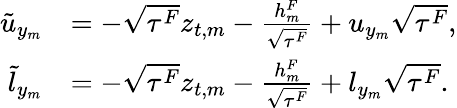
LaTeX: \begin{array}{rl}{\tilde{u}_{y_{m}}}&{=-\sqrt{\tau^{F}}z_{t,m}-\frac{h_{m}^{F}}{\sqrt{\tau^{F}}}+u_{y_{m}}{\sqrt{\tau^{F}}},}\\ {\tilde{l}_{y_{m}}}&{=-\sqrt{\tau^{F}}z_{t,m}-\frac{h_{m}^{F}}{\sqrt{\tau^{F}}}+l_{y_{m}}{\sqrt{\tau^{F}}}.}\end{array}